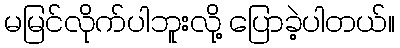
မမြင်လိုက်ပါဘူးလို့ ပြောခဲ့ပါတယ်။